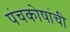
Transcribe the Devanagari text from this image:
पंचकोषांची